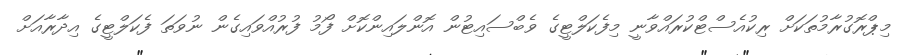
މިޕްރޮގުރާމުތަކަށް ރިކުއެސްޓްކުރައްވާނީ މިފެކަލްޓީގެ ވެބްސައިޓުން އޮންލައިންކޮށް ފޯމު ފުރުއްވައިގެން ނުވަތަ ފެކަލްޓީގެ އިދާރާއަށް